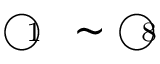
\textcircled { \scriptsize { 1 } } \sim \textcircled { \scriptsize { 8 } }